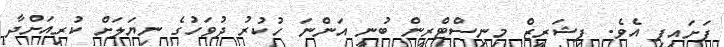
ފަށައިފި އެވެ. ފިޝަރީޒް މިނިސްޓްރީން ބުނީ އަންނަ ހުކުރު ދުވަހުގެ ނިޔަލަށް ކުރިއަށްދާ